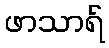
ဖာသာရ်